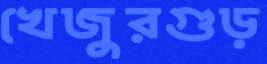
খেজুরগুড়